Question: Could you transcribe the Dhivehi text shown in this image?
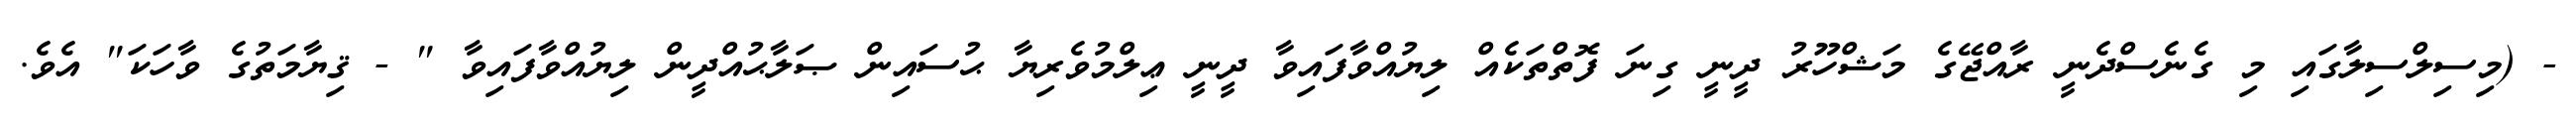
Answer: - (މިސިލްސިލާގައި މި ގެނެސްދެނީ ރާއްޖޭގެ މަޝްހޫރު ދީނީ ގިނަ ފޮތްތަކެއް ލިޔުއްވާފައިވާ ދީނީ ޢިލްމުވެރިޔާ ޙުސައިން ޞަލާޙުއްދީން ލިޔުއްވާފައިވާ " - ޤިޔާމަތުގެ ވާހަކަ" އެވެ.